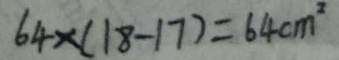
6 4 \times ( 1 8 - 1 7 ) = 6 4 c m ^ { 2 }